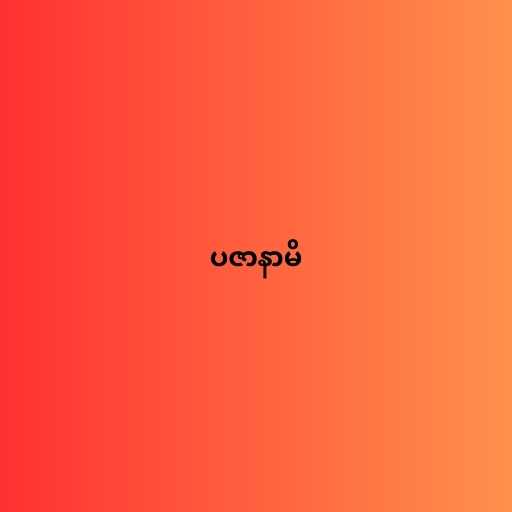
ပဇာနာမိ